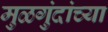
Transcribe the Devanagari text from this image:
मुळगुंदांच्या